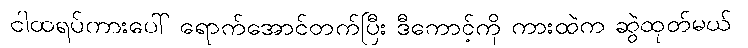
ငါထရပ်ကားပေါ် ရောက်အောင်တက်ပြီး ဒီကောင့်ကို ကားထဲက ဆွဲထုတ်မယ်